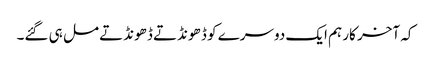
کہ آخر کار ہم ایک دوسرے کو ڈ ھونڈتے ڈھونڈتے مل ہی گئے۔